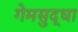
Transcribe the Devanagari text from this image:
गेमसुद्धा